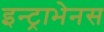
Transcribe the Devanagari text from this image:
इन्ट्राभेनस